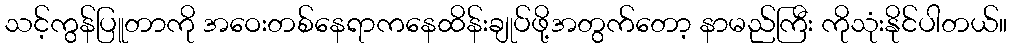
သင့်ကွန်ပြူတာကို အဝေးတစ်နေရာကနေထိန်းချုပ်ဖို့အတွက်တော့ နာမည်ကြီး ကိုသုံးနိုင်ပါတယ်။